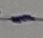
Text: -